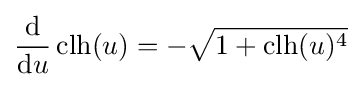
{\frac {\mathrm {d} }{\mathrm {d} u}}\operatorname {clh} (u)=-{\sqrt {1+\operatorname {clh} (u)^{4}}}